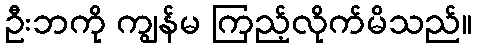
ဦးဘကို ကျွန်မ ကြည့်လိုက်မိသည်။